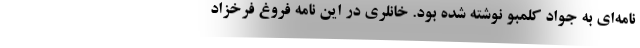
نامه‌ای به جواد کلمبو نوشته شده بود. خانلری در این نامه فروغ فرخزاد